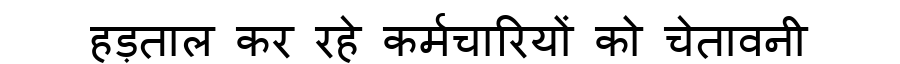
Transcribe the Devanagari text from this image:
हड़ताल कर रहे कर्मचारियों को चेतावनी